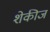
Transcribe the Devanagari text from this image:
शेकीज